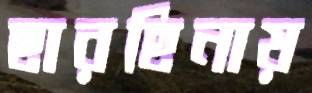
ছারছিনায়